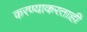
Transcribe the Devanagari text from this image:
करण्याकरताही